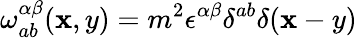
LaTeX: \omega_{ab}^{\alpha\beta}(\mathbf{x},y)=m^{2}\epsilon^{\alpha\beta}\delta^{ab}\delta(\mathbf{x}-y)